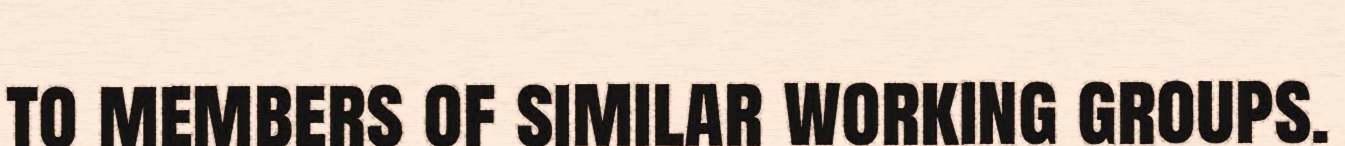
to members of similar working groups.